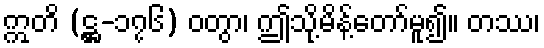
ဣတိ (ဋ္ဌ-၁၇၆) ဝတွာ၊ ဤသို့မိန့်တော်မူ၍။ တဿ၊